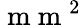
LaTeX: \mathrm{~m~m~}^{2}